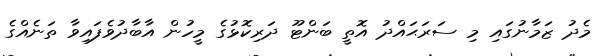
މެދު ޒަމާނުގައި މި ސަރަޙައްދު އޮތީ ބަންޓޫ ދަރިކޮޅުގެ މީހުން އާބާދުވެފައިވާ ތަނެއްގެ